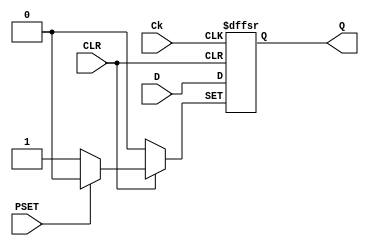
// Copyright (C) 2020  Intel Corporation. All rights reserved.
// Your use of Intel Corporation's design tools, logic functions 
// and other software and tools, and any partner logic 
// functions, and any output files from any of the foregoing 
// (including device programming or simulation files), and any 
// associated documentation or information are expressly subject 
// to the terms and conditions of the Intel Program License 
// Subscription Agreement, the Intel Quartus Prime License Agreement,
// the Intel FPGA IP License Agreement, or other applicable license
// agreement, including, without limitation, that your use is for
// the sole purpose of programming logic devices manufactured by
// Intel and sold by Intel or its authorized distributors.  Please
// refer to the applicable agreement for further details, at
// https://fpgasoftware.intel.com/eula.

// PROGRAM		"Quartus Prime"
// VERSION		"Version 20.1.1 Build 720 11/11/2020 SJ Lite Edition"
// CREATED		"Wed Oct 13 10:49:59 2021"

module mydff(
	PSET,
	D,
	Ck,
	CLR,
	Q
);


input wire	PSET;
input wire	D;
input wire	Ck;
input wire	CLR;
output reg	Q;






always@(posedge Ck or negedge CLR or negedge PSET)
begin
if (!CLR)
	begin
	Q <= 0;
	end
else
if (!PSET)
	begin
	Q <= 1;
	end
else
	begin
	Q <= D;
	end
end


endmodule